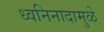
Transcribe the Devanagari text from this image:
ध्वनिनादामुळे